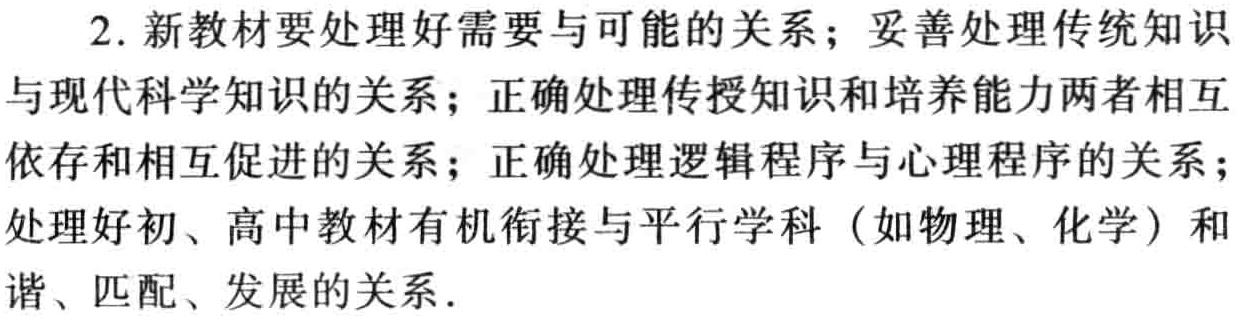
2. 新教材要处理好需要与可能的关系；妥善处理传统知识
与现代科学知识的关系；正确处理传授知识和培养能力两者相互
依存和相互促进的关系；正确处理逻辑程序与心理程序的关系；
处理好初、高中教材有机衔接与平行学科（如物理、化学）和
谐、匹配、发展的关系.